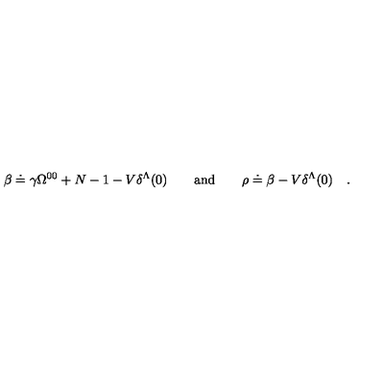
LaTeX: \beta \doteq \gamma \Omega ^ { 0 0 } + N - 1 - V \delta ^ { \Lambda } ( 0 ) \qquad \mathrm { a n d } \qquad \rho \doteq \beta - V \delta ^ { \Lambda } ( 0 ) \quad .